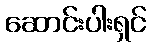
ဆောင်းပါးရှင်